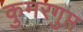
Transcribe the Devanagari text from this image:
कुमरगुप्त